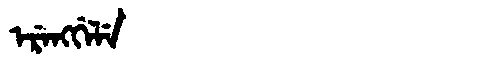
Manchu: ᡝᡵᡝᠩᡤᡝᠯᡝ
Romanization: ERENGGELE